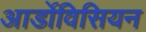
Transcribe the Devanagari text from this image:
आर्डोविसियन